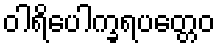
ဝါရိပေါက္ခရပတ္တေဝ